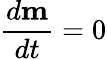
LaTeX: \frac{d{\mathbf m}}{dt}=0